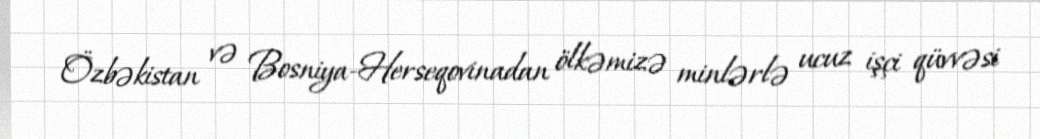
Özbəkistan və Bosniya-Herseqovinadan ölkəmizə minlərlə ucuz işçi qüvvəsi